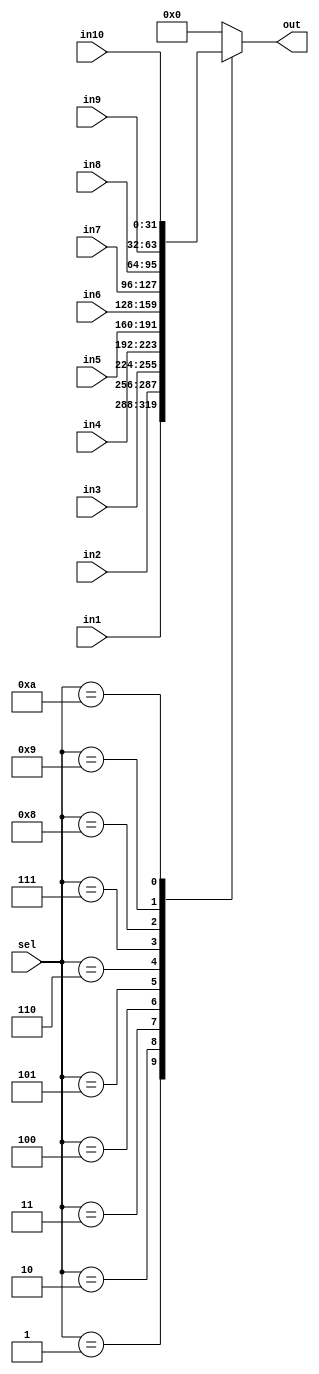
`timescale 1ns / 1ps
//////////////////////////////////////////////////////////////////////////////////
// Mississippi State University 
// ECE 4532-4542 Senior Design
// 
// Module Name:    mpy_32_mux 
// Project Name: 	 ITU G.729 Hardware Implementation
// Target Devices: Virtex 5
// Tool versions:  Xilinx 9.2i
// Description: 	 This is a 32bit, 10 to 1 multiplexor.
//						 
// Dependencies: 	 N/A
//
// Revision: 
// Revision 0.01 - File Created
// Additional Comments: 
//
//////////////////////////////////////////////////////////////////////////////////
module mpy_32_mux(in1, in2, in3, in4, in5, in6, in7, in8, in9,in10, sel, out);
    input [31:0] in1;
    input [31:0] in2;
    input [31:0] in3;
    input [31:0] in4;
    input [31:0] in5;
    input [31:0] in6;
    input [31:0] in7;
    input [31:0] in8;
    input [31:0] in9;
	 input [31:0] in10;
    input [3:0] sel;
    output reg [31:0] out;

	always@(*) begin
	
		case(sel)
			4'd1: out = in1;
			4'd2: out = in2;
			4'd3: out = in3;
			4'd4: out = in4;
			4'd5: out = in5;
			4'd6: out = in6;
			4'd7: out = in7;
			4'd8: out = in8;
			4'd9: out = in9;
			4'd10: out = in10;
			default: out = 32'd0;
		endcase
	end

endmodule